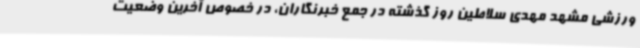
ورزشی مشهد مهدی سلاطین روز گذشته در جمع خبرنگاران، در خصوص آخرین وضعیت